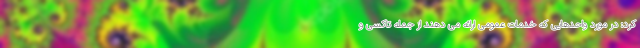
کرد: در مورد واحدهایی که خدمات عمومی ارائه می دهند از جمله تاکسی و